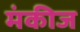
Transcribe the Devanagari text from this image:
मंकीज